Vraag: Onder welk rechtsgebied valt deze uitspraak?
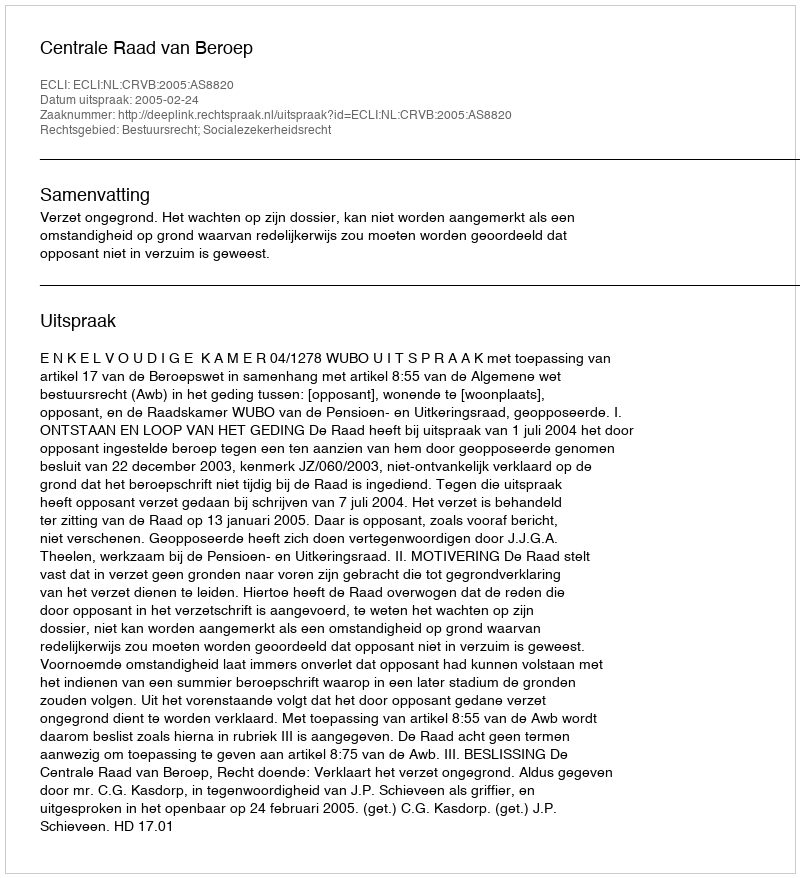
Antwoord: Bestuursrecht; Socialezekerheidsrecht